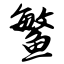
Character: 鳘